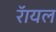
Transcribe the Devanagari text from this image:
रॅायल